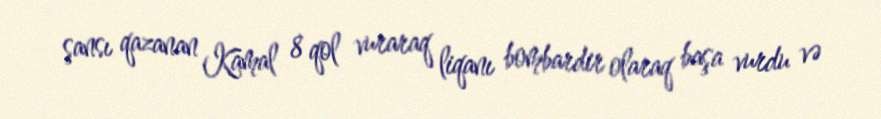
şansı qazanan Kamal 8 qol vuraraq liqanı bombardir olaraq başa vurdu və